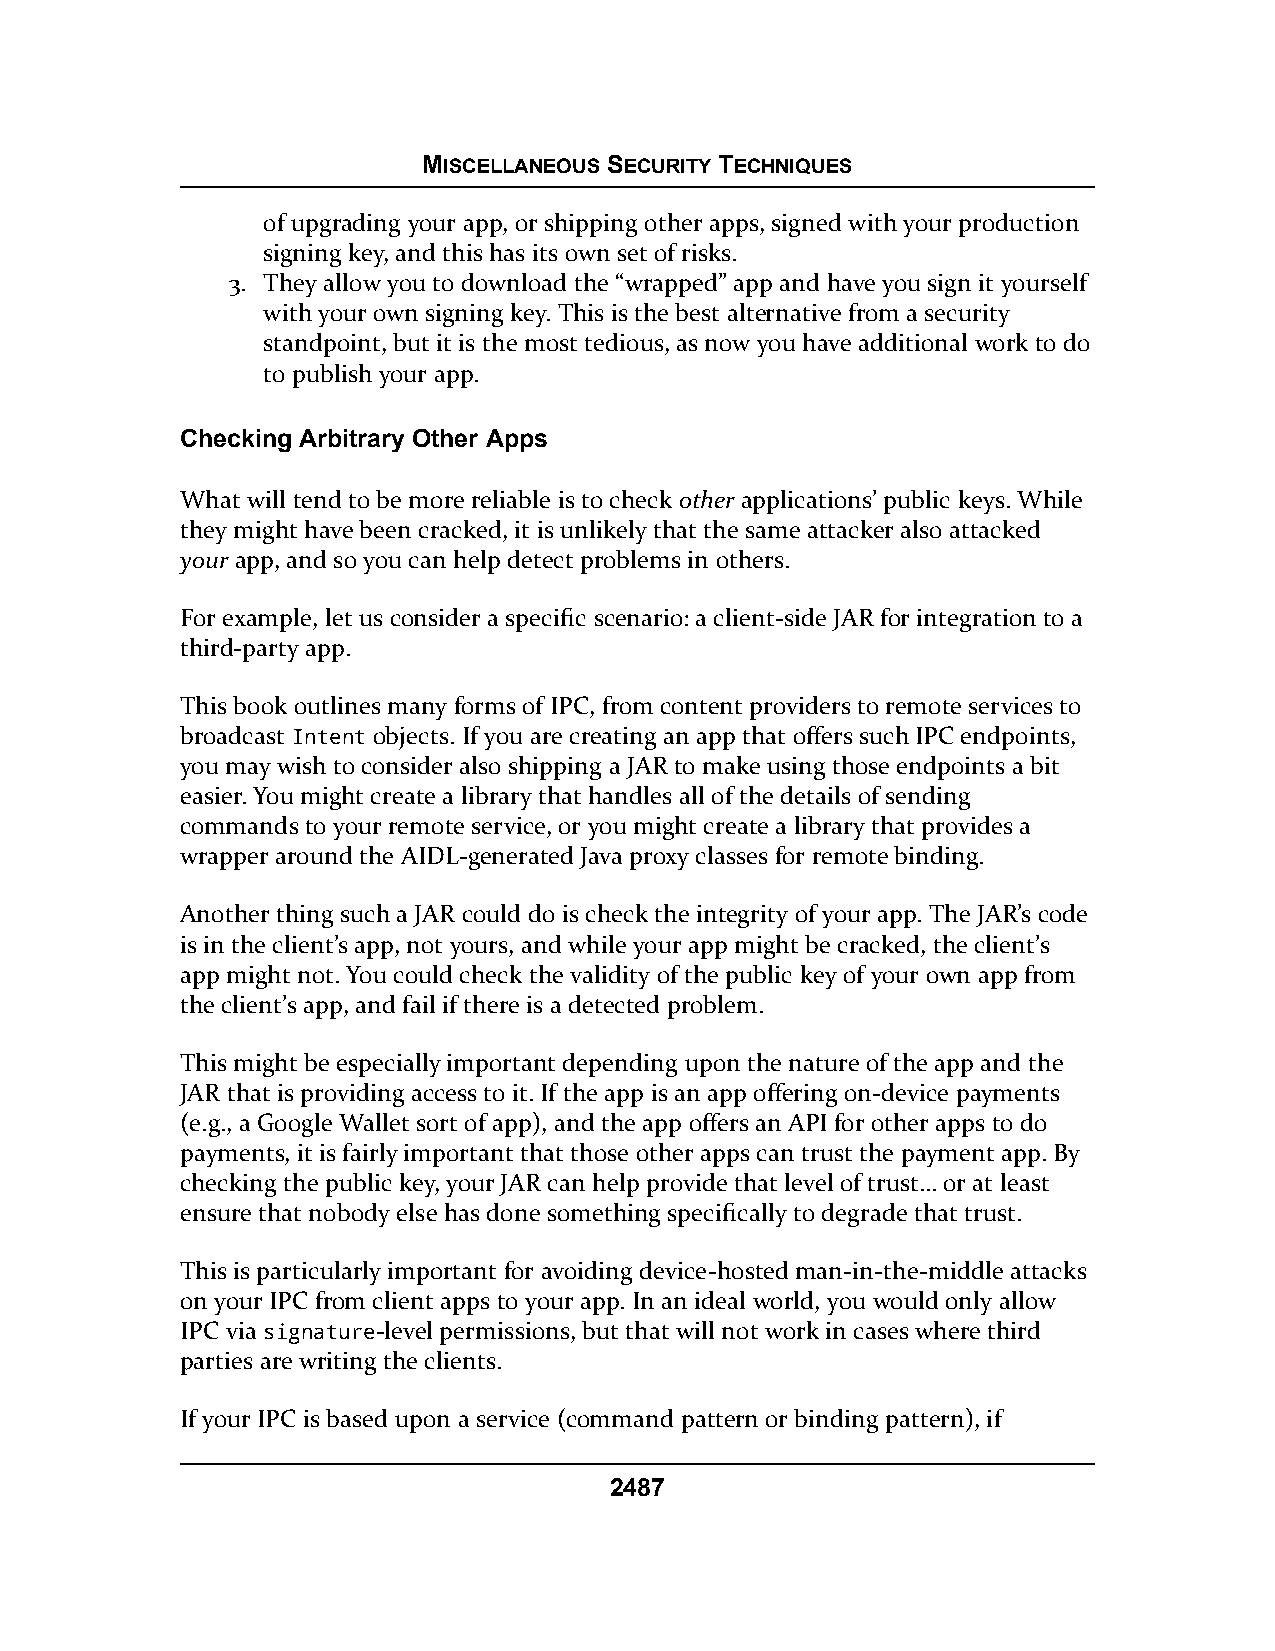
MISCELLANEOUS SECURITY TECHNIQUES
 of upgrading your app, or shipping other apps, signed with your production
 signing key, and this has its own set of risks.
 3. They allow you to download the “wrapped” app and have you sign it yourself
 with your own signing key. This is the best alternative from a security
 standpoint, but it is the most tedious, as now you have additional work to do
 to publish your app.
 Checking Arbitrary Other Apps
 What will tend to be more reliable is to check other applications’ public keys. While
 they might have been cracked, it is unlikely that the same attacker also attacked
 your app, and so you can help detect problems in others.
 For example, let us consider a specific scenario: a client-side JAR for integration to a
 third-party app.
 This book outlines many forms of IPC, from content providers to remote services to
 broadcast Intent objects. If you are creating an app that offers such IPC endpoints,
 you may wish to consider also shipping a JAR to make using those endpoints a bit
 easier. You might create a library that handles all of the details of sending
 commands to your remote service, or you might create a library that provides a
 wrapper around the AIDL-generated Java proxy classes for remote binding.
 Another thing such a JAR could do is check the integrity of your app. The JAR’s code
 is in the client’s app, not yours, and while your app might be cracked, the client’s
 app might not. You could check the validity of the public key of your own app from
 the client’s app, and fail if there is a detected problem.
 This might be especially important depending upon the nature of the app and the
 JAR that is providing access to it. If the app is an app offering on-device payments
 (e.g., a Google Wallet sort of app), and the app offers an API for other apps to do
 payments, it is fairly important that those other apps can trust the payment app. By
 checking the public key, your JAR can help provide that level of trust… or at least
 ensure that nobody else has done something specifically to degrade that trust.
 This is particularly important for avoiding device-hosted man-in-the-middle attacks
 on your IPC from client apps to your app. In an ideal world, you would only allow
 IPC via signature-level permissions, but that will not work in cases where third
 parties are writing the clients.
 If your IPC is based upon a service (command pattern or binding pattern), if
 2487